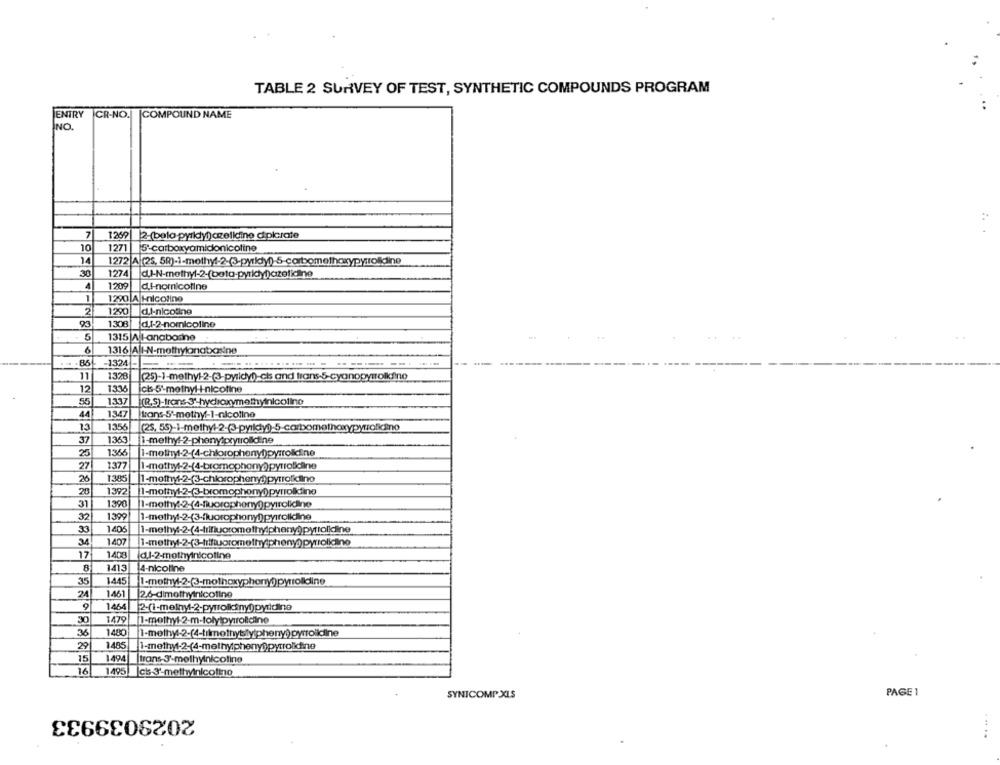
TABLE 2 SURVEY OF TEST, SYNTHETIC COMPOUNDS PROGRAM
ENTRY
CR-NO.
|COMPOUND NAME
NO.
7
1269| 2-(belo pyrkdy)) celldine dipicrate
10
1271 5'carboxyamidonicotine
14
30
1274
du.I-N-methyl-2-(beta-pyridyh)azelidine
1209
d.H-nomnicotine
1290 A Hnicoline
2
1290
d.l-nicotine
93
1308 d.1-2-nomnicoline
5
1315 A Hanaborne
6
1316 All-N-methylonabasine
86
-1324 -
11
1328
12
1336
icks-5'methyl I-nicotine
55
1337
(R,S)-trans 3'-hydroxymethylnicolino
44
1347
trans-5'methy-1-nicoline
13
1356
37
1363
i-methy :- 2-phenylprymrolidine
1366
27
1377
1-mothy :- 2-(4-bromophony))pyrrolidine
20
1385
1392
20
31
1390
1-mothy :- 2-(4-fluoraphony0) pyrrolidine
32
1399
1-methyl-2-(3-fluorophony])pyrrolidine
33
1406
34
1407
17
1408
(d.1-2-methyinicotine
8
1413
4-nicoline
35
1445
1-methyl-2-(3-mothoxyphony)) pyrrolidine
24
1461
[26-dimethyinicotine
9
1464
30
1479
36
1480
1-methy4-2-(4-timothystylpheny) pyrrolidine
29
1485
15
1494
trans 3'-methylnicotine
16
1495
Ict 3'-methyinicotino
SYNICOMP XLS
PAGE 1
2029039933